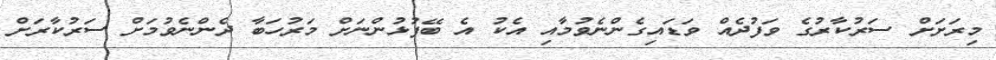
މިރަށަށް ސަރުކާރުގެ ވަފުދެއް ވަޑައިގެންނެވުމާއި އެކު އެ ބޭފުޅުންނަށް މަރުހަބާ ދެންނެވުމަށް ސަރުކާރަށް